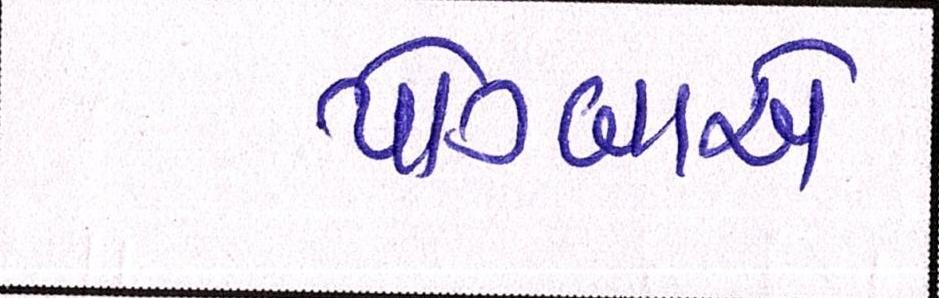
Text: પોગ્બાએ